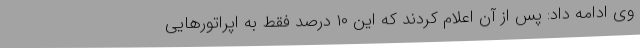
وی ادامه داد: پس از آن اعلام کردند که این ۱۰ درصد فقط به اپراتورهایی